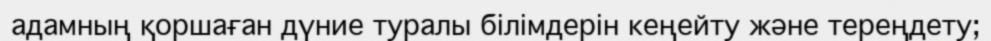
адамның қоршаған дүние туралы білімдерін кеңейту және тереңдету;